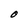
Character: O